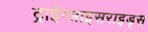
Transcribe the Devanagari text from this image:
ट्राईग्लाइसराइड्स